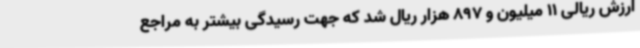
ارزش ریالی 11 میلیون و 897 هزار ریال شد که جهت رسیدگی بیشتر به مراجع